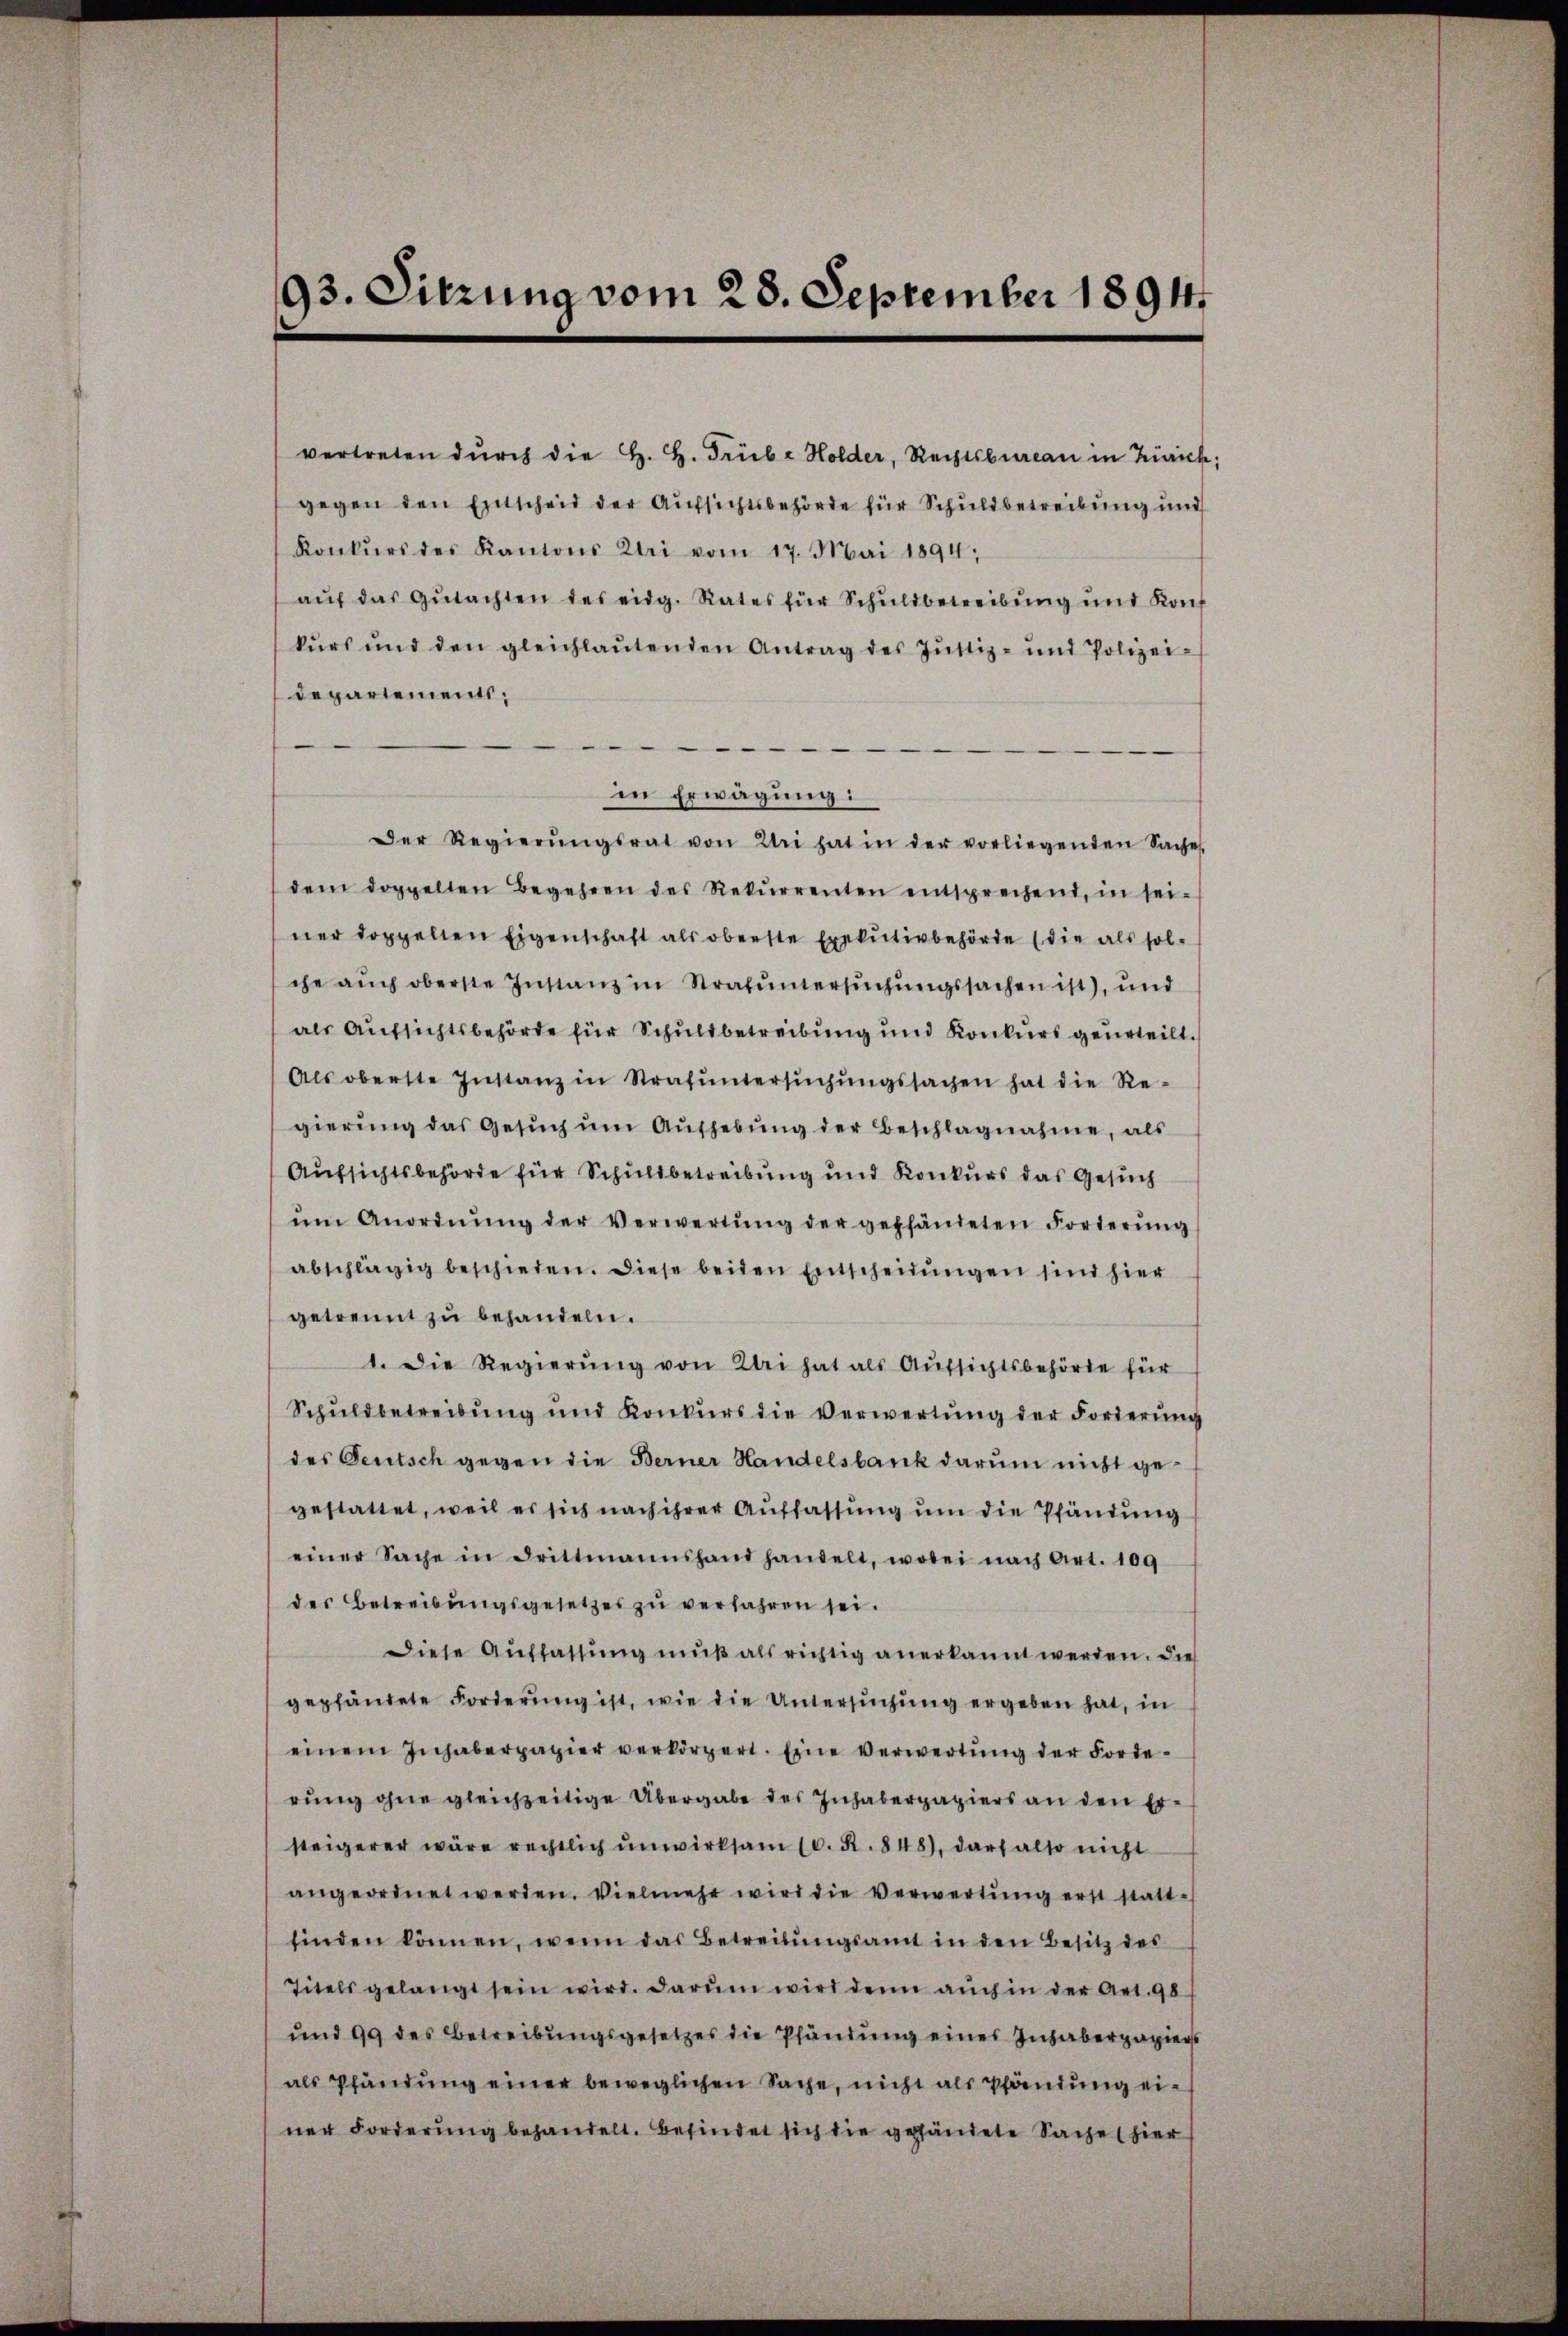
93. Sitzung vom 28. September 1891

vertreten dŭrch die H. H. Triebe Holder, Rechtsbureau in Zürich;
gegen den Entscheid der Aufsichtsbehörde für Schuldbetreibung und
Konkŭrs des Kantons Klei vom 17. Mai 1894,
aŭf das Gŭtachten des eidg. Rates für Schuldbetreibung und Konf
kŭrs und den gleichlaŭtenden Antrag des Jŭstiz- und Polizei-
departements;

in Erwägung:
Der Regierŭngsrat von Uri hat in der vorliegenden Saches
dem doppelten Begehren des Rekŭrrenten entsprechend, in sei-
ner doppellen Eigenschaft als oberste Exekutivbehörde (die als solche auch oberste Instanz in Strafuntersuchungssachen ist), und
als Aufsichtsbehörde für Schuldbetreibung und Konkurs geurteilt.
Als oberste Instanz in Strafŭntersŭchŭngssachen hat die Re-
gierŭng das Gesŭch ŭm Aŭfhebŭng der Beschlagnahme, als
Aufsichtsbehörde für Schuldbetreibung und Konkurs das Gesuch
um Anordnŭng der Verwertŭng der gepfändeten Forderŭng
abschlägig beschieden. Diese beiden Entscheidŭngen sind hier
getrennt zŭ behandeln.
1. Die Regierŭng von Klei hat als Aŭfsichtsbehörde für
Schuldbetreibung und Konkurs die Verwertŭng der Forderung
des Deutsch gegen die Berner Handelsbank darum nicht gegestattet, weil es sich nach ihrer Auffassung um die Pfändung
einer Sache in Drittmannshand handelt, wobei nach Art. 109
des Betreibŭngsgesetzes zŭ verfahren sei.
Diese Auffassŭng mŭβ als richtig anerkannt werden. Die
gepfändete Forderŭng ist, wie die Untersŭchŭng ergeben hat, in
einem Inhaberpapier verkörpert. Eine verwertŭng der Forderung ohne gleichzeitige Übergabe des Inhaberpapiers an den Ersteigerer wäre rechtlich unwirksam 10. R. 848), darf also nicht
angeordnet werden. Vielmehr wird die Verwertŭng erst statt-
finden können, wenn das Betreibungsamt in den Besitz des
Titels gelangt sein wird. Darum wird denn auch in der Art. 98
und 99 des Betreibŭngsgesetzes die Pfändung eines Inhaberpapiert
als Pfändung einer beweglichen Sache, nicht als Pfändung einer Forderung behandelt. Befindet sich die gehändete Sache (hier